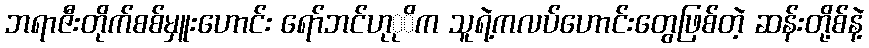
ဘရာဇီးတိုက်စစ်မှူးဟောင်း ရော်ဘင်ဟုုိက သူရဲ့ကလပ်ဟောင်းတွေဖြစ်တဲ့ ဆန်းတို့စ်နဲ့